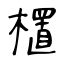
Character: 㯰